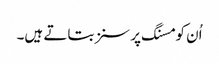
اُن کو مسنگ پرسنز بتاتے ہیں۔